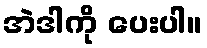
အဲဒါကို ပေးပါ။